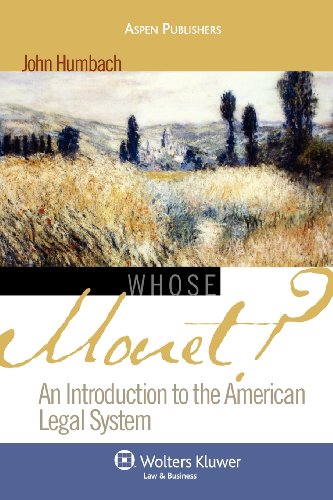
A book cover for Whose Monet?: An Introduction to the American Legal System (Introduction to Law Series); Professor John Humbach; Law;